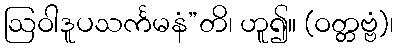
ဩဝါဒူပသင်္ကမနံ”တိ၊ ဟူ၍။ (ဝတ္တဗ္ဗံ)၊